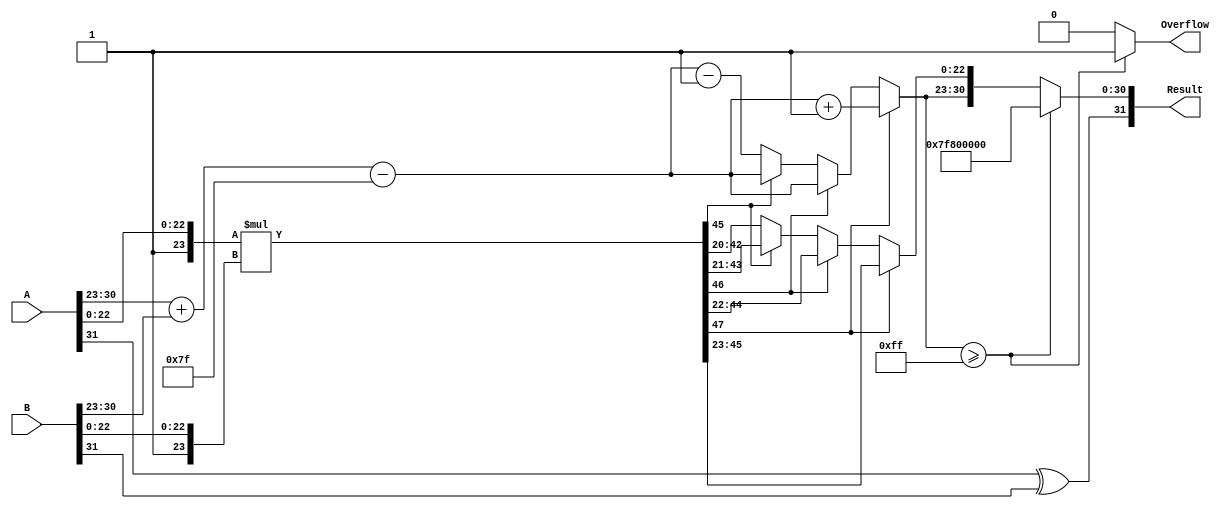
module float_mult (
    input  wire [31:0] A,          // First floating-point number
    input  wire [31:0] B,          // Second floating-point number
    output reg  [31:0] Result,      // Resultant floating-point number
    output reg         Overflow      // Overflow flag
);

    // Constants for IEEE 754 single-precision
    localparam EXPONENT_BIAS = 127;
    localparam EXPONENT_BITS = 8;
    localparam MANTISSA_BITS = 23;

    // Internal signals
    wire [7:0] exp_A, exp_B;       // Exponents of A and B
    wire [23:0] mant_A, mant_B;    // Mantissas of A and B with implicit leading 1
    wire [47:0] mant_product;       // Product of mantissas
    reg  [7:0] exp_result;          // Result exponent
    reg  [23:0] mant_result;        // Result mantissa
    reg  [7:0] final_exp;           // Adjusted exponent after normalization

    // Extract sign, exponent, and mantissa
    wire sign_A = A[31];
    wire sign_B = B[31];
    assign exp_A = A[30:23];
    assign exp_B = B[30:23];
    assign mant_A = {1'b1, A[22:0]}; // Add implicit leading 1
    assign mant_B = {1'b1, B[22:0]}; // Add implicit leading 1

    // Compute product of mantissas
    assign mant_product = mant_A * mant_B;

    // Compute result exponent
    always @(*) begin
        exp_result = exp_A + exp_B - EXPONENT_BIAS; // Compute biased exponent
    end

    // Normalization process
    always @(*) begin
        // Reset overflow and mantissa result
        Overflow = 1'b0;
        mant_result = 24'b0;

        if (mant_product[47] == 1'b1) begin // Check if leading bit is in 25th position
            mant_result = mant_product[46:23]; // Normal case
            final_exp = exp_result + 1; // Increment exponent
        end else if (mant_product[46] == 1'b1) begin
            mant_result = mant_product[45:22]; // Normal case
            final_exp = exp_result; // Keep exponent
        end else if (mant_product[45] == 1'b1) begin
            mant_result = mant_product[44:21]; // Normal case
            final_exp = exp_result; // Keep exponent
        end else begin
            mant_result = mant_product[43:20]; // Shift left, need to decrement exponent
            final_exp = exp_result - 1; // Decrement exponent
        end
        
        // Check for overflow
        if (final_exp >= 8'hFF) begin
            Overflow = 1'b1;
            Result = {sign_A ^ sign_B, 8'hFF, 23'b0}; // Set result to Infinity
        end else begin
            Result = {sign_A ^ sign_B, final_exp[7:0], mant_result[22:0]}; // Combine results
        end
    end
endmodule